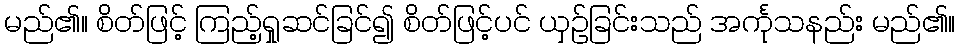
မည်၏။ စိတ်ဖြင့် ကြည့်ရှုဆင်ခြင်၍ စိတ်ဖြင့်ပင် ယှဉ်ခြင်းသည် အင်္ကုသနည်း မည်၏။